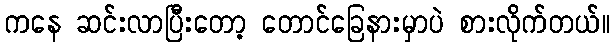
ကနေ ဆင်းလာပြီးတော့ တောင်ခြေနားမှာပဲ စားလိုက်တယ်။